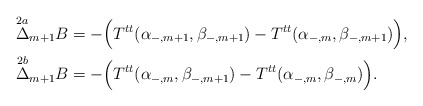
\begin{align*} \overset{2a}{\Delta}_{m+1}B&=-\Big(T^{tt}(\alpha_{-,m+1},\beta_{-,m+1})-T^{tt}(\alpha_{-,m},\beta_{-,m+1})\Big),\\ \overset{2b}{\Delta}_{m+1}B&=-\Big(T^{tt}(\alpha_{-,m},\beta_{-,m+1})-T^{tt}(\alpha_{-,m},\beta_{-,m})\Big).\end{align*}